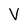
Character: V